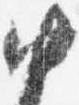
中